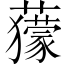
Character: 𧃶